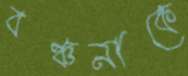
বঞ্চনাকে